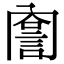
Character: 𧨣